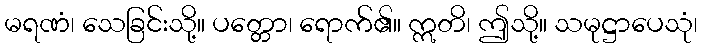
မရဏံ၊ သေခြင်းသို့။ ပတ္တော၊ ရောက်၏။ ဣတိ၊ ဤသို့။ သမုဋ္ဌာပေသုံ၊